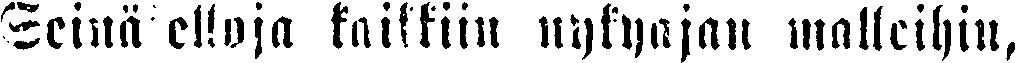
Seinäkelloja kaikkiin nykyajan malleihin,